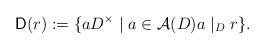
LaTeX: \begin{align*}\mathsf{D}(r) := \{a D^\times \mid a \in \mathcal{A}(D) a \mid_D r\}.\end{align*}